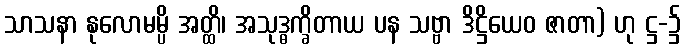
သာသနာ နုလောမမ္ပိ အတ္ထိ၊ အသုဒ္ဓက္ခိတာယ ပန သဗ္ဗာ ဒိဋ္ဌိယေဝ ဇာတာ) ဟု ဋ္ဌ-၌